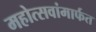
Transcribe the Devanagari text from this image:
महोत्सवांमार्फत